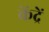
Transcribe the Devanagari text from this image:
केंद्रें